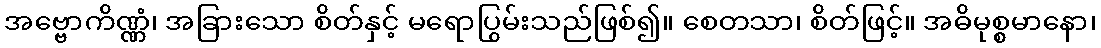
အဗ္ဗောကိဏ္ဏံ၊ အခြားသော စိတ်နှင့် မရောပြွမ်းသည်ဖြစ်၍။ စေတသာ၊ စိတ်ဖြင့်။ အဓိမုစ္စမာနော၊